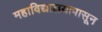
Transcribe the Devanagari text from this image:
महाविद्यालयापासून